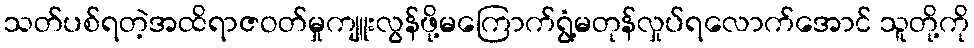
သတ်ပစ်ရတဲ့အထိရာဇဝတ်မှုကျူးလွန်ဖို့မကြောက်ရွံ့မတုန်လှုပ်ရလောက်အောင် သူတို့ကို